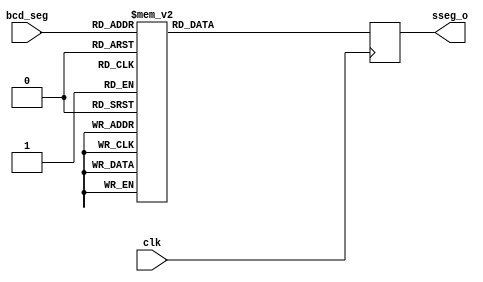
`timescale 1ns / 1ps
//////////////////////////////////////////////////////////////////////////////////
// Company: 
// Engineer: 
// 
// Design Name: 
// Module Name: Seven_seg_decoder
// Project Name: 
// Target Devices: 
// Tool Versions: 
// Description: 
// 
// Dependencies: 
// 
// Revision:
// Revision 0.01 - File Created
// Additional Comments:
// 
//////////////////////////////////////////////////////////////////////////////////


module Seven_seg_decoder(
    input clk,
    input [3:0] bcd_seg,
    output reg [6:0] sseg_o
    );

    always @(posedge clk)    
    begin        
    case (bcd_seg) //case statement                   
        4'b0000: sseg_o = 7'b0000001; //0
        4'b0001: sseg_o = 7'b1001111;
        4'b0010: sseg_o = 7'b0010010;
        4'b0011: sseg_o = 7'b0000110;
        4'b0100: sseg_o = 7'b1001100;
        4'b0101: sseg_o = 7'b0100100;
        4'b0110: sseg_o = 7'b0100000;
        4'b0111: sseg_o = 7'b0001111;
        4'b1000: sseg_o = 7'b0000000;
        4'b1001: sseg_o = 7'b0000100; //9
    
    default : sseg_o = 7'b1111111;                     
    endcase               
    end                
    endmodule